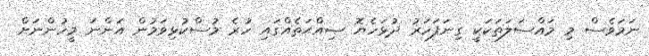
ނަމަވެސް މި މައްސަލަތަކަކީ ގިނަފަހަރު ދުޅަހެޔޮ ޞިއްޙަތެއްގައި ހުރެ މުސްކުޅިވަމުން އަންނަ މީހުންނަށް